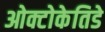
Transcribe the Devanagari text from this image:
ओक्टोकेतिडे